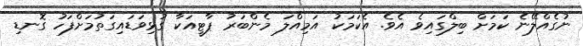
ނުގެއްލޭނެ ކަމަށް ބިލްގައިވެ އެވެ. އެކަމަކު އަމިއްލަ މެންބަރު ޕާޓީއަކާ ގުޅިވަޑައިގަތުމަށްފަހު ގޮނޑި